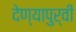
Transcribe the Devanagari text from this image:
देण्यापुर्वी